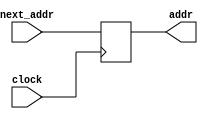
module pcRegister(input clock, input  [31:0] next_addr, output reg [31:0] addr);

initial begin
	addr = 32'h00400020;
	end
always @(posedge clock)//negedge would have worked too ? clock usage was not specified
	addr <= next_addr;
endmodule